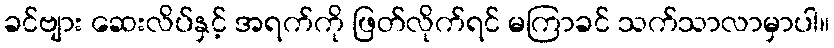
ခင်ဗျား ဆေးလိပ်နှင့် အရက်ကို ဖြတ်လိုက်ရင် မကြာခင် သက်သာလာမှာပါ။